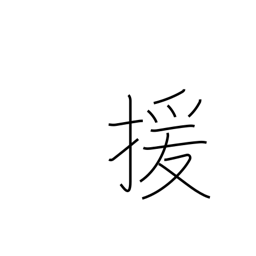
Meaning: abet